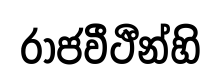
රාජවීථීන්හි